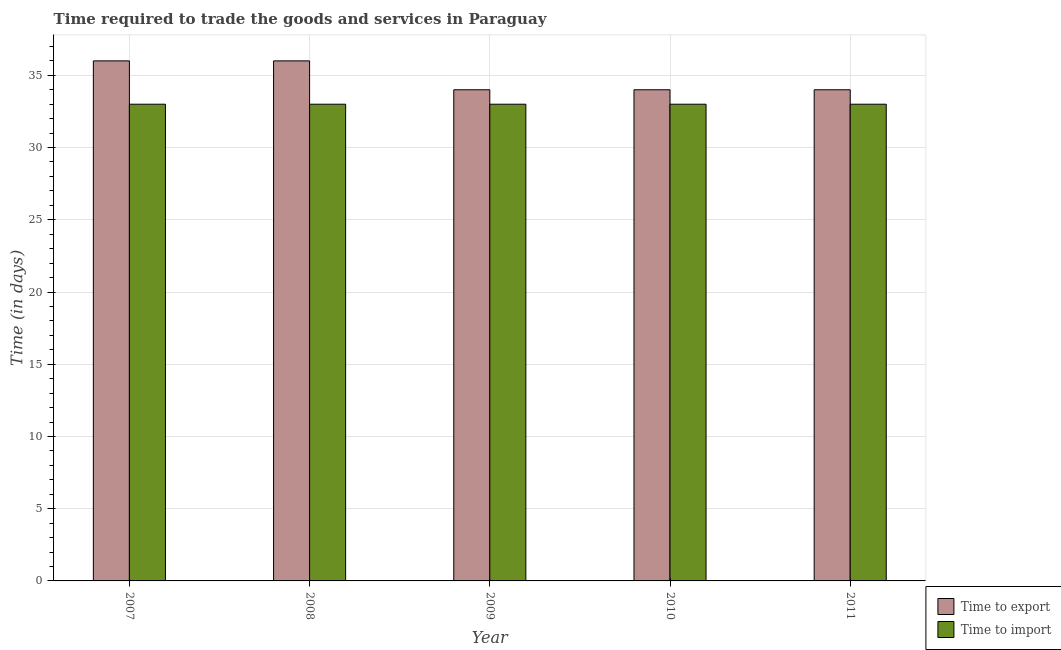
| Year | Time to export | Time to import |
 | --- | --- | --- |
 | 2007 | 36 | 33 |
 | 2008 | 36 | 33 |
 | 2009 | 34 | 33 |
 | 2010 | 34 | 33 |
 | 2011 | 34 | 33 |